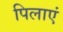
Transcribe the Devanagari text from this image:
पिलाएं